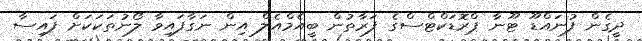
ދީގެން ފުނައްޑޫ ޓޫނާ ޕްރޮޑަކްޓްސްގެ ފަރާތުން ބީއެމްއެލް އިން ނަގާފައިވާ ލޯނުތަކަކަށް ފައިސާ